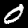
Digit: 0